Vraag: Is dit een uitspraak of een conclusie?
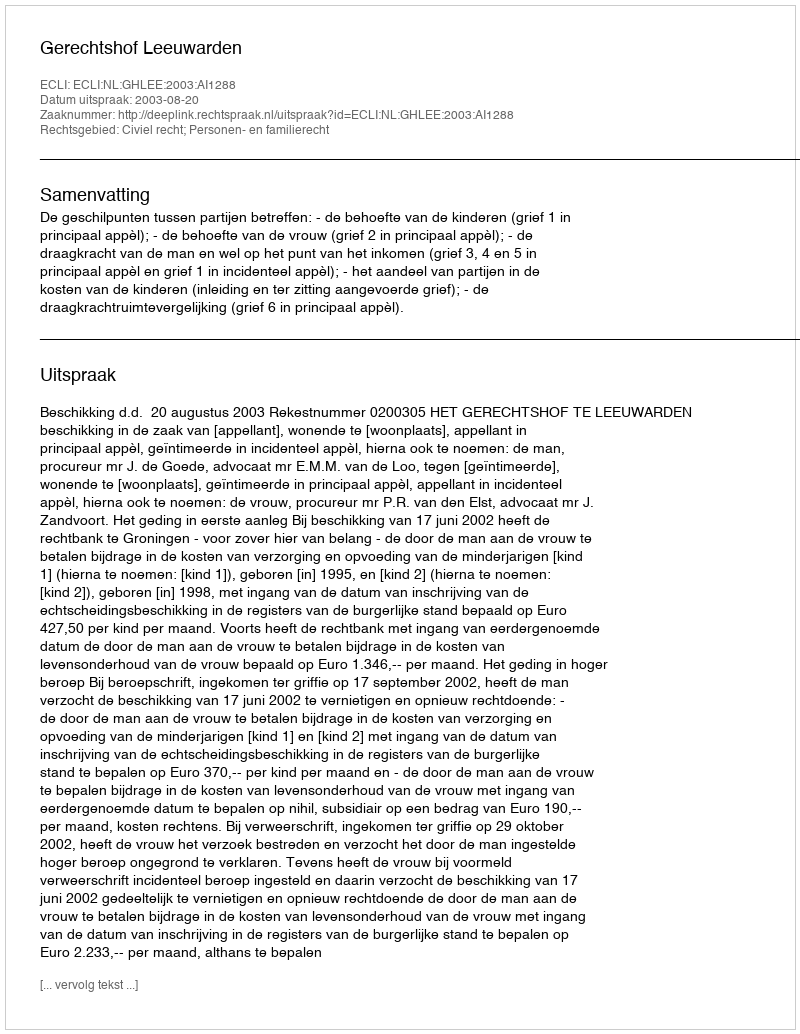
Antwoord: Uitspraak